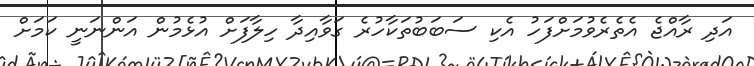
އަދި ރާއްޖެ އެތެރެވުމަށްފަހު އެކި ސަބަބުތަކާހުރެ ގަވާއިދާ ހިލާފަށް އުޅެމުން އަންނަނީ ކަމަށް